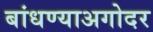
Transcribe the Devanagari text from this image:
बांधण्याअगोदर